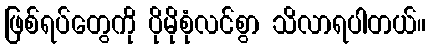
ဖြစ်ရပ်တွေကို ပိုမိုစုံလင်စွာ သိလာရပါတယ်။